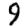
Digit: 9